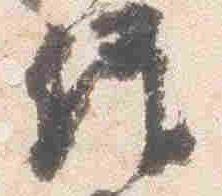
経